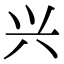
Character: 兴